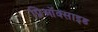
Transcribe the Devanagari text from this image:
प्रिऑक्साइड